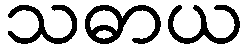
သဓာယ